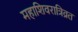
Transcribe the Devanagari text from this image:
महाशिवरात्रिव्रत